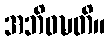
အဘိဝဍ္ဎတိ။